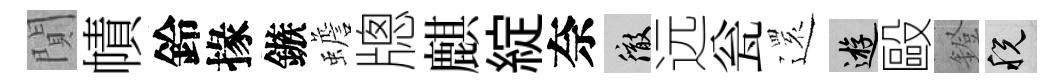
閴幘鈴掾鏃蟾牕麒綻奈徹远瓮𮟃游毆鐙税